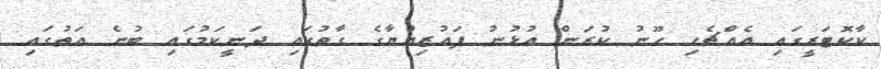
ކާކޮޓަރީގައި އެއްޗެހި ހޫނު ކުރަން އުޅުނު ފައުޒިއްޔާގެ ގާތުގައި ދަނީކަމުގައި ބުނެ އަތުގައި